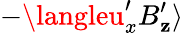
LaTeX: -\langleu_{x}^{\prime}B_{\mathbf{z}}^{\prime}\rangle